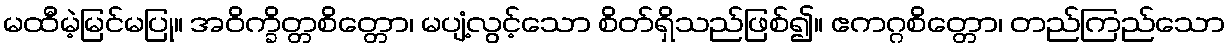
မထီမဲ့မြင်မပြု။ အဝိက္ခိတ္တစိတ္တော၊ မပျံ့လွင့်သော စိတ်ရှိသည်ဖြစ်၍။ ဧကဂ္ဂစိတ္တော၊ တည်ကြည်သော